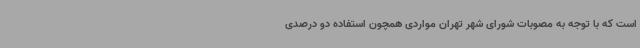
است که با توجه به مصوبات شورای شهر تهران مواردی همچون استفاده دو درصدی